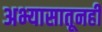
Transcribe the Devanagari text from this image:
अभ्यासातूनही